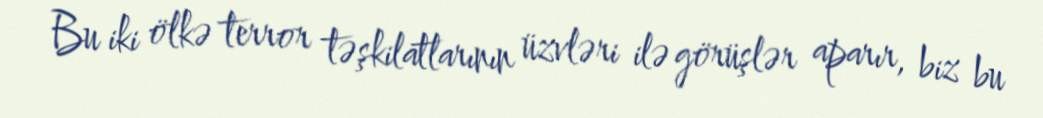
Bu iki ölkə terror təşkilatlarının üzvləri ilə görüşlər aparır, biz bu